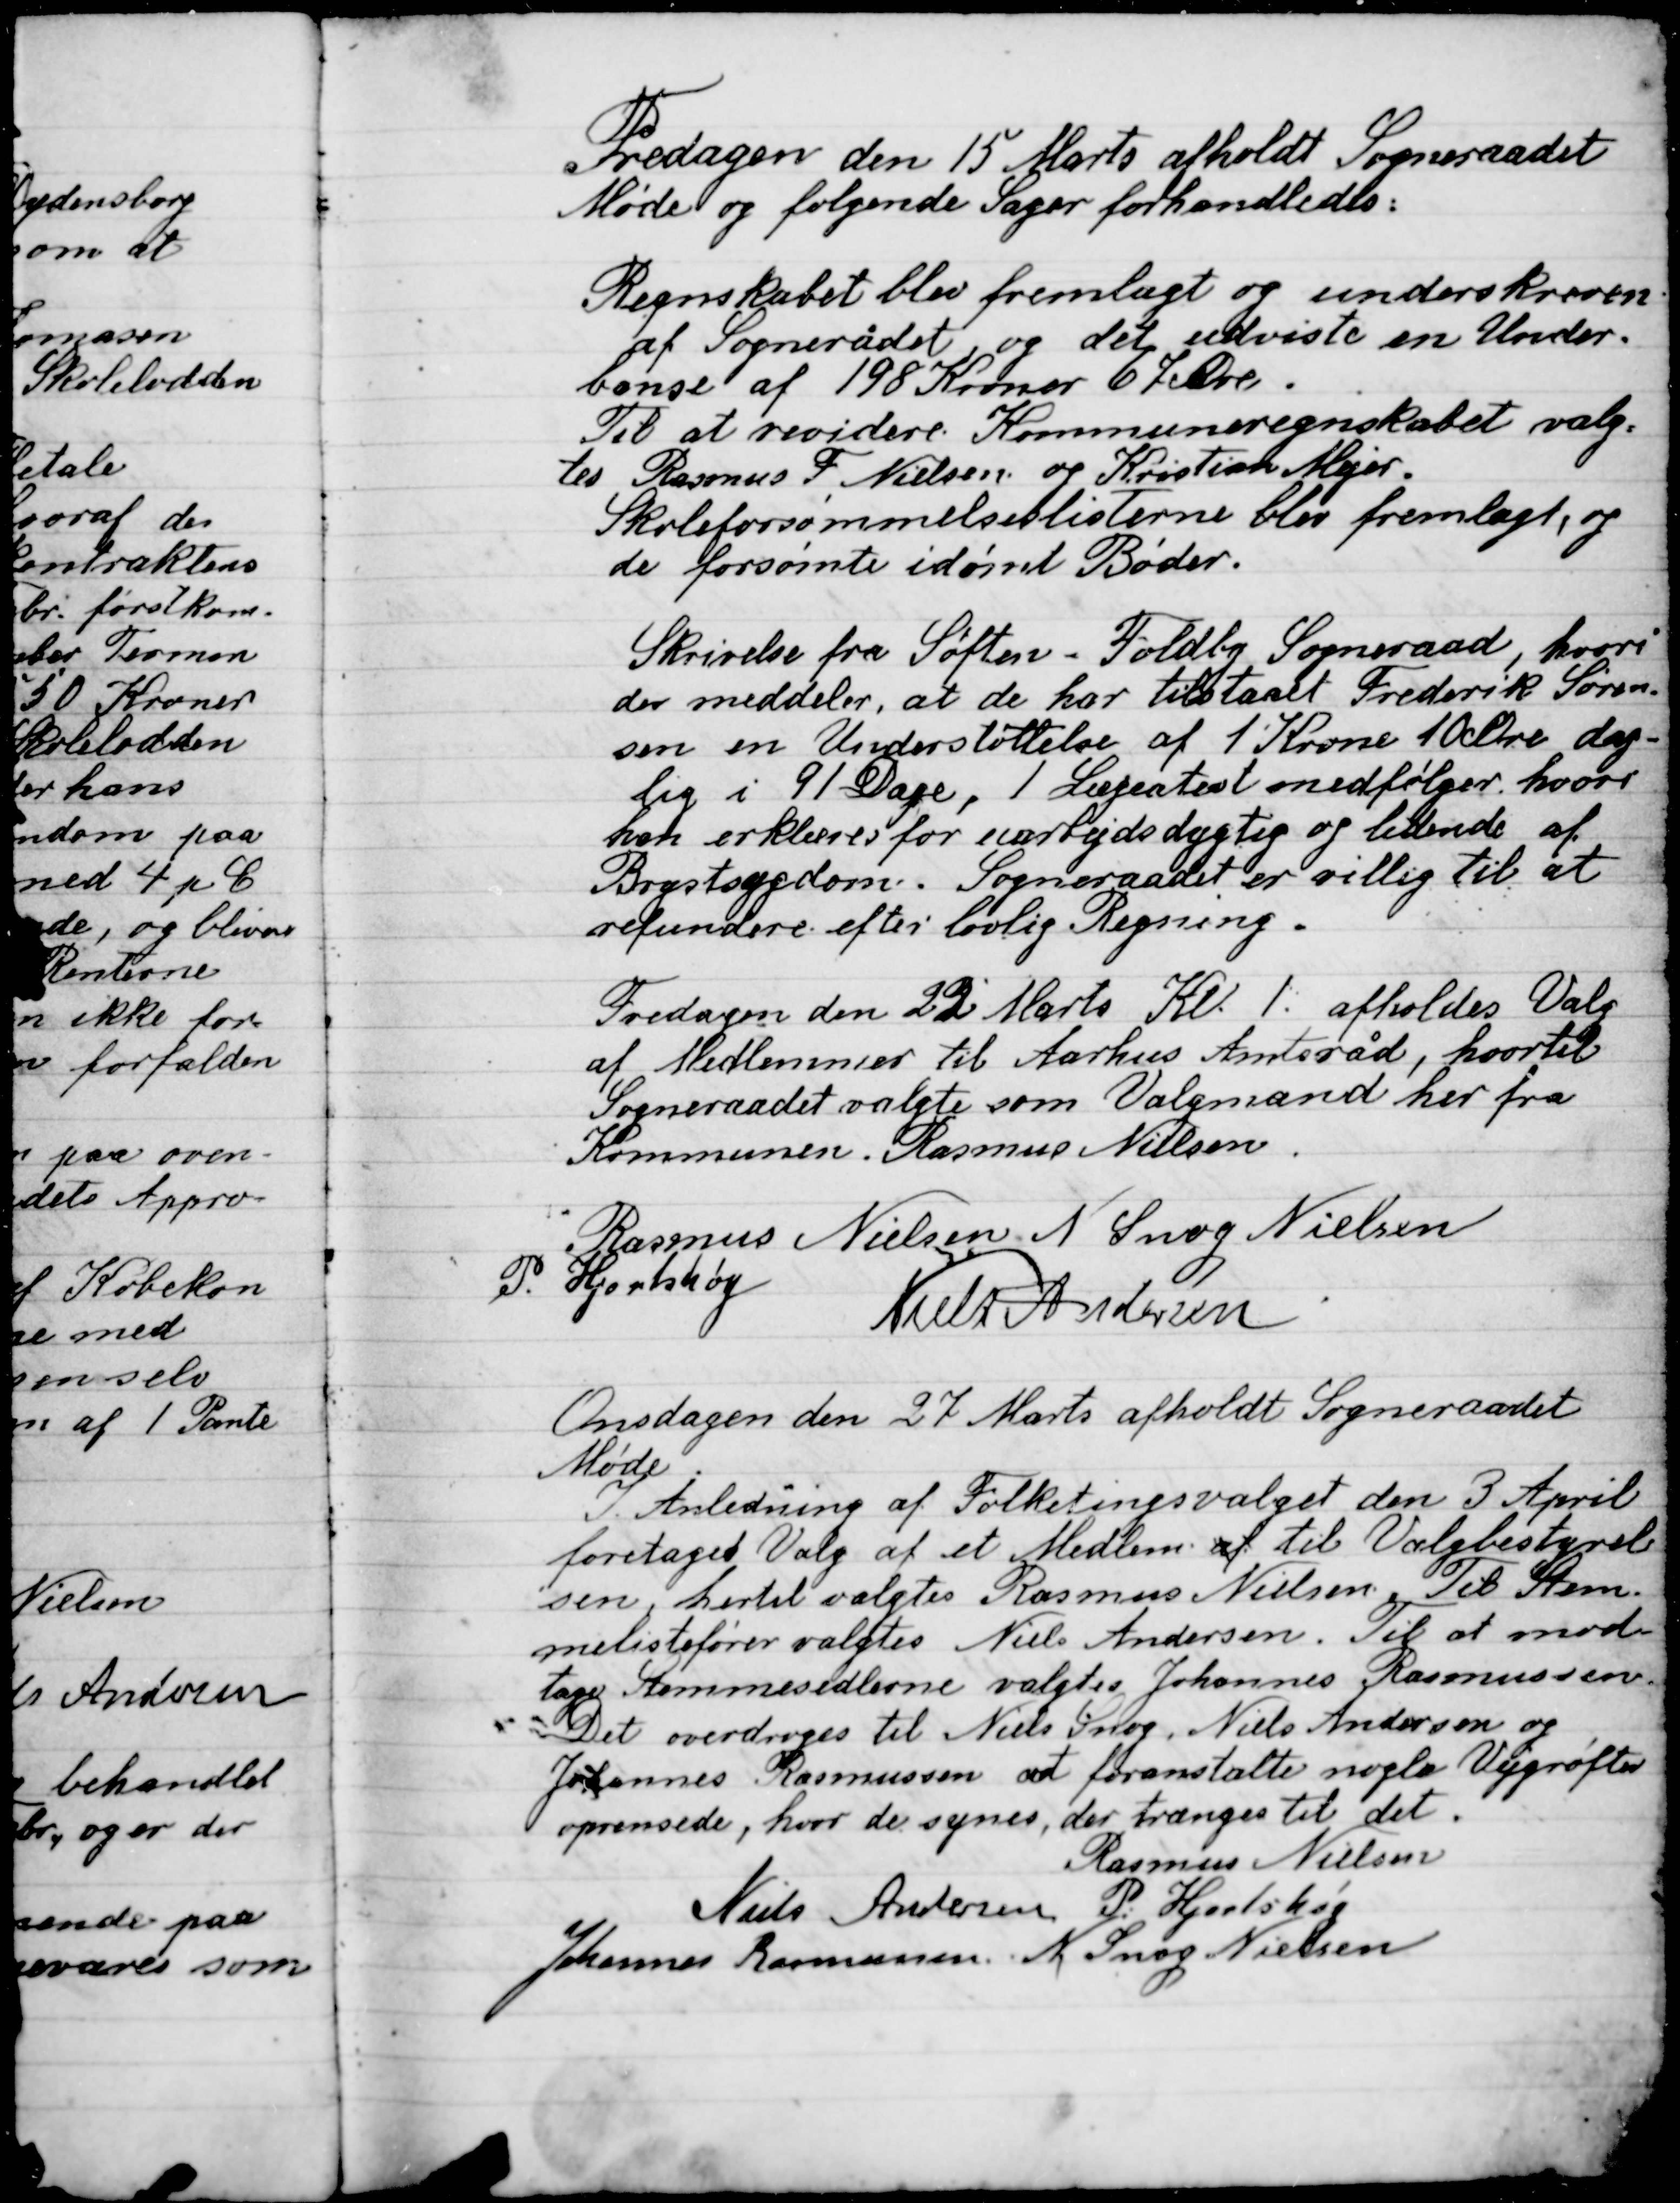
Transskription:
Fredagen den 15 Marts afholdt Sogneraadet
Møde og følgende Sager forhandledes;
Regnskabet blev fremlagt og underskreven
af Sogneraadet, og det udviste en Under-
Balanse af 198 Kroner 67 Øre.
Til at revidere Kommuneregnskabet valg-
tes Rasmus F. Nielsen, og Kristian Myer.
Skoleforsømmelseslisterne blev fremlagt, og
de forsømte idømt bøder.
Skrivelse fra Søften-Fodby Sogneraad, hvori
der meddeler, at de har tilstaaet Frederik Søren-
sen en Understøttelse af 1 Krone 10  Øre dag-
lig i 91 dage, 1 Lægeattest medfølger hvor
han erklæres for uarbejdsdygtig og lider af
Brystsygdom. Sogneraadet er villig til at
refundere efter lovlig Regning.
Fredagen den 22 Marts Kl. 1. afholdes Valg
af Medlemmer til Aarhus Amtsråd, hvortil
Sogneraadet valgte som Valgmand her fra
Kommunen. Rasmus Nielsen.

Rasmus Nielsen
N. Snog Nielsen
P. Hjortshøj
Niels Andersen

Onsdagen den 27 Marts afholdt Sogneraadet
Møde.
I Anledning af Folketingsvalget den 3 April
foretaget Valg af et Medlem til Valgbestyrel-
sen, hertil valgtes Rasmus Nielsen, Til Stem-
melistefører valgtes Niels Andersen. Til at mod-
tage Stemmesedlerne valgtes Johannes Rasmusen
Det overdroges til Niels Snog, Niels Andersen og
Johannes Rasmussen at foranstalte nogle Vejgrøfter
oprensede, hvor de synes, de trænger til det.

Rasmus Nielsen
Niels Andersen
P. Hjortshøj
Johannes Rasmussen
N. Snog Nielsen